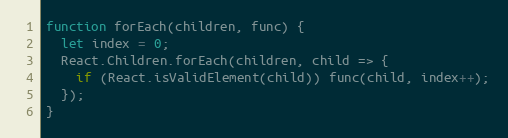
Language: JavaScript
function forEach(children, func) {
  let index = 0;
  React.Children.forEach(children, child => {
    if (React.isValidElement(child)) func(child, index++);
  });
}